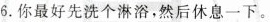
6.你最好先洗个淋浴,然后休息一下。